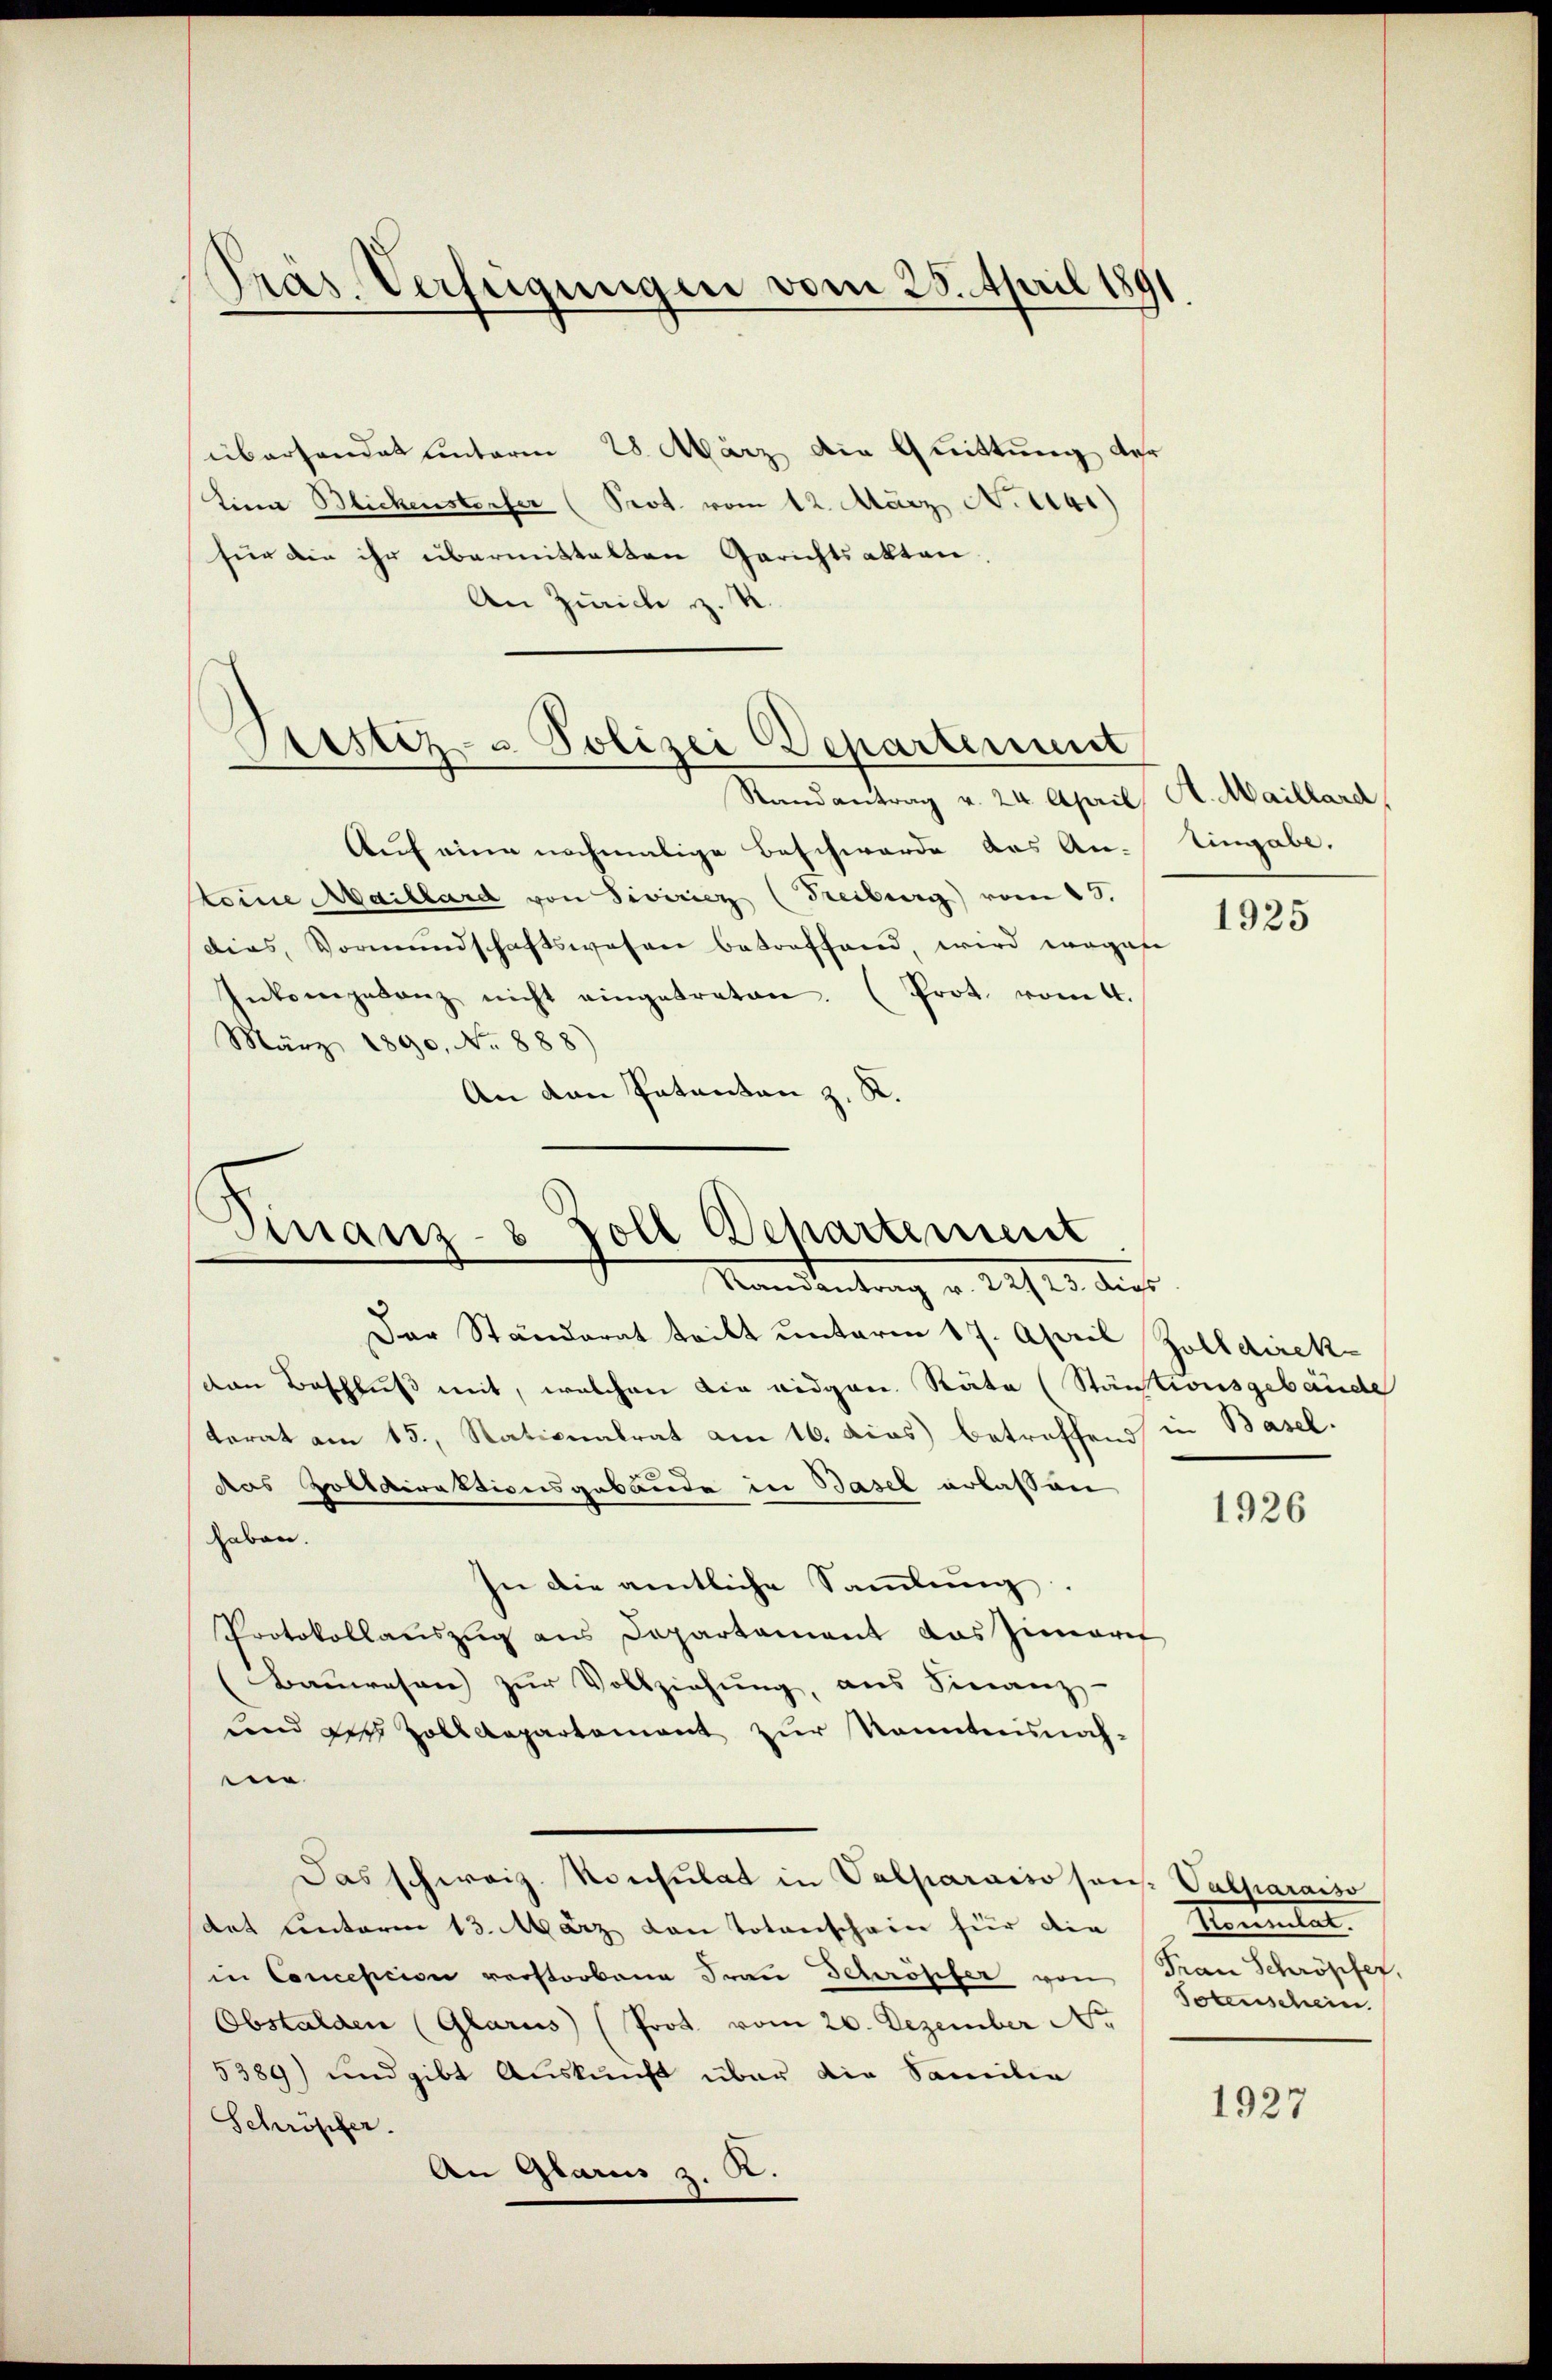
Präs. Verfügungen vom 25. April 1891

überhandet unterm 28. März die Quittung der
Lina Blickensterfer (Prot. vom 12. März N. 1141)
für die ihr übermittelten Gerichtsakten,
An Zürich z. R.

Ristiz- u Polizei Departement
Randantrag v. 24. April, A. Maillard,

Finanz-8 Zoll Departement
Randantrag v. 22123. dies

Auf eine nochmalige Beschwerde das An- Eingabe.
keine Maillard von Siviricz (Freiburg vom 23.
dias, Vormundschaftswesen betreffend, wird wegese
Intergeganz nicht eingetreten. (Prot. vom 4.
März 1890. No. 888)
An den Patenten z. R.

Der Ständerat tritt unterm 17. April Zolldirek
den Beschluß mit, welchen die eidgen. Räte (Stäntionsgebäude
torat am 15. Stationalrat am 16. dcas) betreffend in Basel.
das Zolldirektionsgebäude in Basel erlassen
haben.
In die amtliche Sammlung
Protokollauszug aus Departement das Zimarit
Bauwesen zur Vollziehung, aus Finanz-
uend die Zolldepartamant zur Kenntnisnahn
Das schweiz. Konsulat in Valparaiso son. Valparaiso
dat unterm 13. März von Totenschein für die
in Conception verstorbene Frau Schröpfer von Frau Schröpfer,
Obstalden (Glarus (Prot. vom 26. Dezember Nr.
5389) und gibt Auskunft über die Familie
Schröpfer.
An Glarus z. B.

1925

1926

Sententat
Totenschein

1927